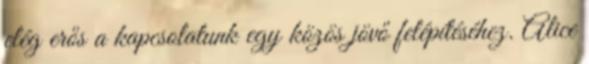
elég erős a kapcsolatunk egy közös jövő felépítéséhez. Alice